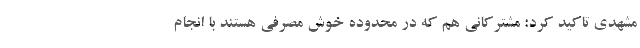
مشهدی تاکید کرد: مشترکانی هم که در محدوده خوش مصرفی هستند با انجام